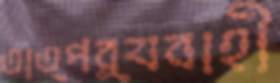
তাত্পর্যবাহী